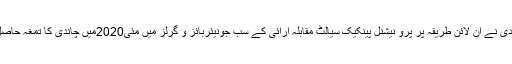
مسعودی نے آن لائن طریقہ پر پرو نیشنل پینکیک سیالٹ مقابلہ آرائی کے سب جونیئربائز و گرلز میں مئی2020میں چاندی کا تمغہ حاصل کیا۔